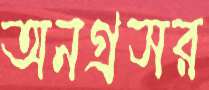
অনগ্রসর